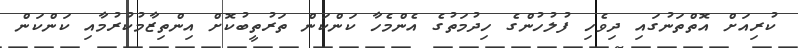
ކުރިއަށް އޮތްތަނުގައި ދިވެހި ފުލުހުންގެ ހިދުމަތުގެ އެންމެހާ ކަންކަން ތަރުތީބުކޮށް އިންތިޒާމުކުރުމާއި ކަންކަން